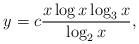
LaTeX: \begin{align*} y = c \frac{x \log x \log_3 x}{\log_2 x},\end{align*}